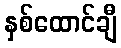
နှစ်ထောင်ချီ